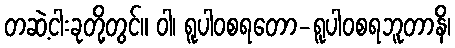
တဆဲ့ငါးခုတို့တွင်။ ဝါ၊ ရူပါဝစရတော-ရူပါဝစရဘူတာနိ၊